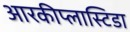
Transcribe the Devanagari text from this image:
आरकीप्लास्टिडा